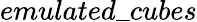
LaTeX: emulated\_ cubes